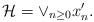
LaTeX: \begin{align*}\mathcal H=\vee_{n\geq 0}x'_n. \end{align*}